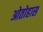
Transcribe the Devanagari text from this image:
ओतोहास